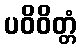
ပဝိဝိတ္တံ